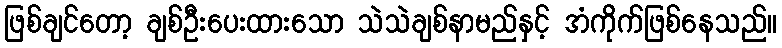
ဖြစ်ချင်တော့ ချစ်ဦးပေးထားသော သဲသဲချစ်နာမည်နှင့် အံကိုက်ဖြစ်နေသည်။